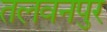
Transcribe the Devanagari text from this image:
तलवनपुर